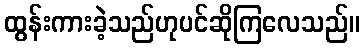
ထွန်းကားခဲ့သည်ဟုပင်ဆိုကြလေသည်။